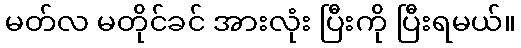
မတ်လ မတိုင်ခင် အားလုံး ပြီးကို ပြီးရမယ်။